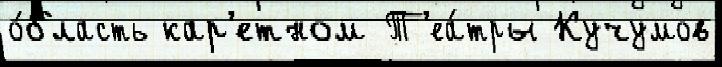
о́бласть кар'етном Т'еа́тры Кучумов